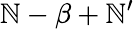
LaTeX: \mathbb{N}-\beta+\mathbb{N}^{\prime}